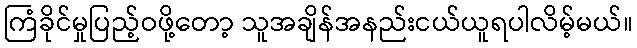
ကြံခိုင်မှုပြည့်ဝဖို့တော့ သူအချိန်အနည်းငယ်ယူရပါလိမ့်မယ်။